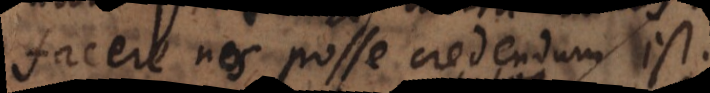
facere nos posse credendum est.